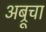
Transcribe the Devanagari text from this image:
अब्रूचा